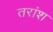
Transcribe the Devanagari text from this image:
तरांश